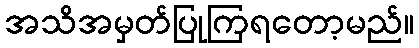
အသိအမှတ်ပြုကြရတော့မည်။